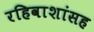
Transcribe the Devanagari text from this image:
रहिवाशांसह